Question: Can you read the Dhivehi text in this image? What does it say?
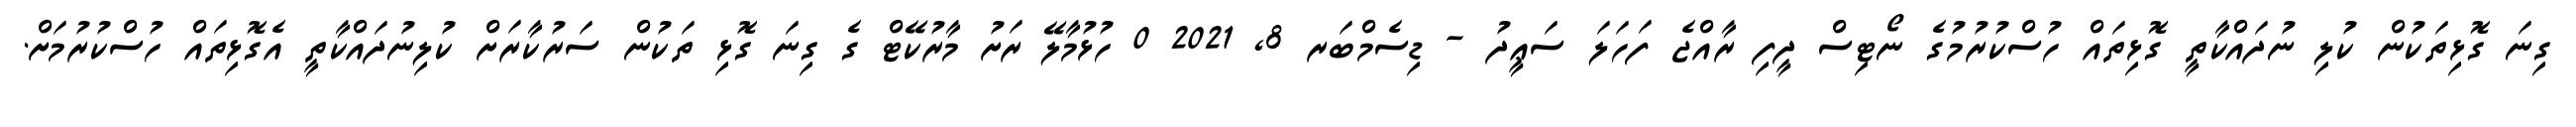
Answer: ގިނަ ގޮޅިތަކުން ކުލި ނުދައްކާތީ ގޮޅިތައް ހުސްކުރުމުގެ ނޯޓިސް ދީފި ރާއްޖެ ފަހަލަ ސަޢީދު - ޑިސެމްބަރ 8, 2021 0 ހުޅުމާލޭ ރަށު މާރުކޭޓް ގެ ގިނަ ގޮޅި ތަކުން ސަރުކާރަށް ކުލިނުދައްކާތީ އެގޮޅިތައް ހުސްކުރުމަށް.